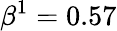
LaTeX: \beta^{1}=0.57